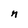
Character: n